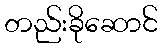
တည်းခိုဆောင်